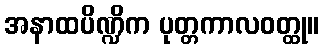
အနာထပိဏ္ဍိက ပုတ္တကာလဝတ္ထု။